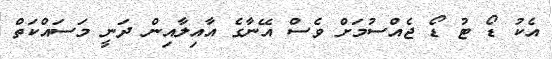
އެކު ޑޯ ޓު ޑޯ ޖެއްސުމަށް ވެސް އޭނާގެ އާއިލާއިން ދަނީ މަސައްކަތް